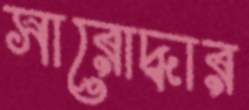
সারোদ্ধার